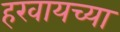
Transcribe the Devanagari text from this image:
हरवायच्या